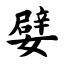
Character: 嬖